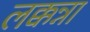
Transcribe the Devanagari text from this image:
लक्कन्ना